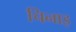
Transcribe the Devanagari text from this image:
चिनाइ